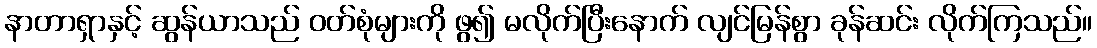
နာတာရှာနှင့် ဆွန်ယာသည် ဝတ်စုံများကို ဖွ၍ မလိုက်ပြီးနောက် လျင်မြန်စွာ ခုန်ဆင်း လိုက်ကြသည်။